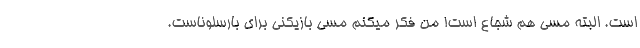
است. البته مسی هم شجاع است! من فکر میکنم مسی بازیکنی برای بارسلوناست.